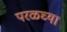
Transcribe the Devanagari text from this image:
परळच्या